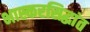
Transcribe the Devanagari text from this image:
भास्करसिद्धांत